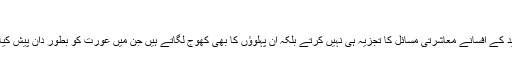
(۴)
احمد جاوید کے افسانے معاشرتی مسائل کا تجزیہ ہی نہیں کرتے بلکہ ان پہلوؤں کا بھی کھوج لگاتے ہیں جن میں عورت کو بطور دان پیش کیا جاتا ہے۔